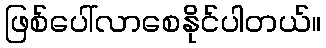
ဖြစ်ပေါ်လာစေနိုင်ပါတယ်။